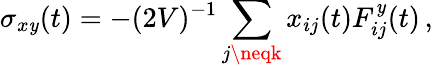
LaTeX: \sigma_{x\mathit{y}}(t)=-(2V)^{-1}\sum_{j\neqk}x_{ij}(t)F_{ij}^{\mathit{y}}(t)\, ,